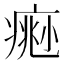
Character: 𤸨